Annual vaccination report of Bihar and Orissa - 1911-1928
Year: 1911
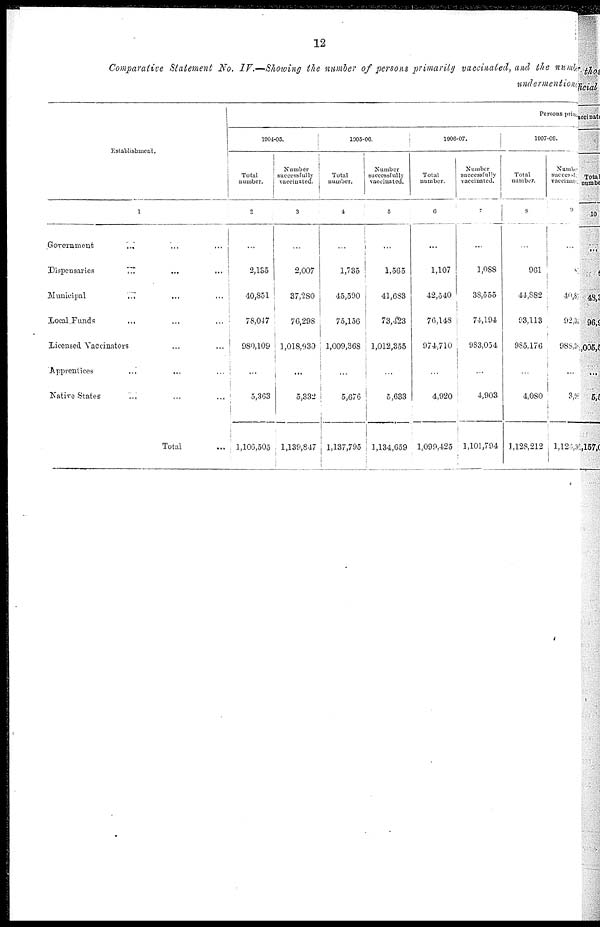
12
Comparative Statement No. IV.—Showing the number of persons primarily vaccinated, and the number
undermentioned
Establishment.
1
Government ... ... ...
Dispensaries ... ... ...
Municipal
...
...
...
Local Funds ... ... ...
Licensed Vaccinators ... ... ...
Apprentices
...
...
...
Satire States
... ... ...
Total ...
Persons primary
1904-05.
Total
number.
2
...
2,185
40,851
78,047
980,109
...
5,363
1,106,505
Number
successfully
vaccinated.
3
...
2,007
37,280
70,298
1,018,930
...
5,332
1,139,847
1905-06.
Total
number.
4
...
1,735
45,590
75,156
1,009,368
...
5,676
1,137,795
Number
successfully
vaccinated.
5
...
1,565
41,683
73,423
1,012,355
...
5,633
1,134,659
1906-07.
Total
number.
6
...
1,107
42,540
76,148
974,710
...
4,920
1,099,425
Number
successfully
vaccinated.
7
...
1,088
38,555
74,194
983,054
...
4,903
1,101,794
1907-08.
Total
number.
8
...
961
44,882
93,113
985,176
...
4,080
1,128,212
Number
successful
vaccinated
9
...
87
40,83
92,34
988,38
...
3,98
1,126,34